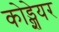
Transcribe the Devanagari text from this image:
कोड्शेयर